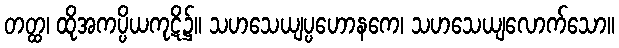
တတ္ထ၊ ထိုအကပ္ပိယကုဋိ၌။ သဟသေယျပ္ပဟောနကေ၊ သဟသေယျလောက်သော။